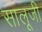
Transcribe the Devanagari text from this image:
सालूजी